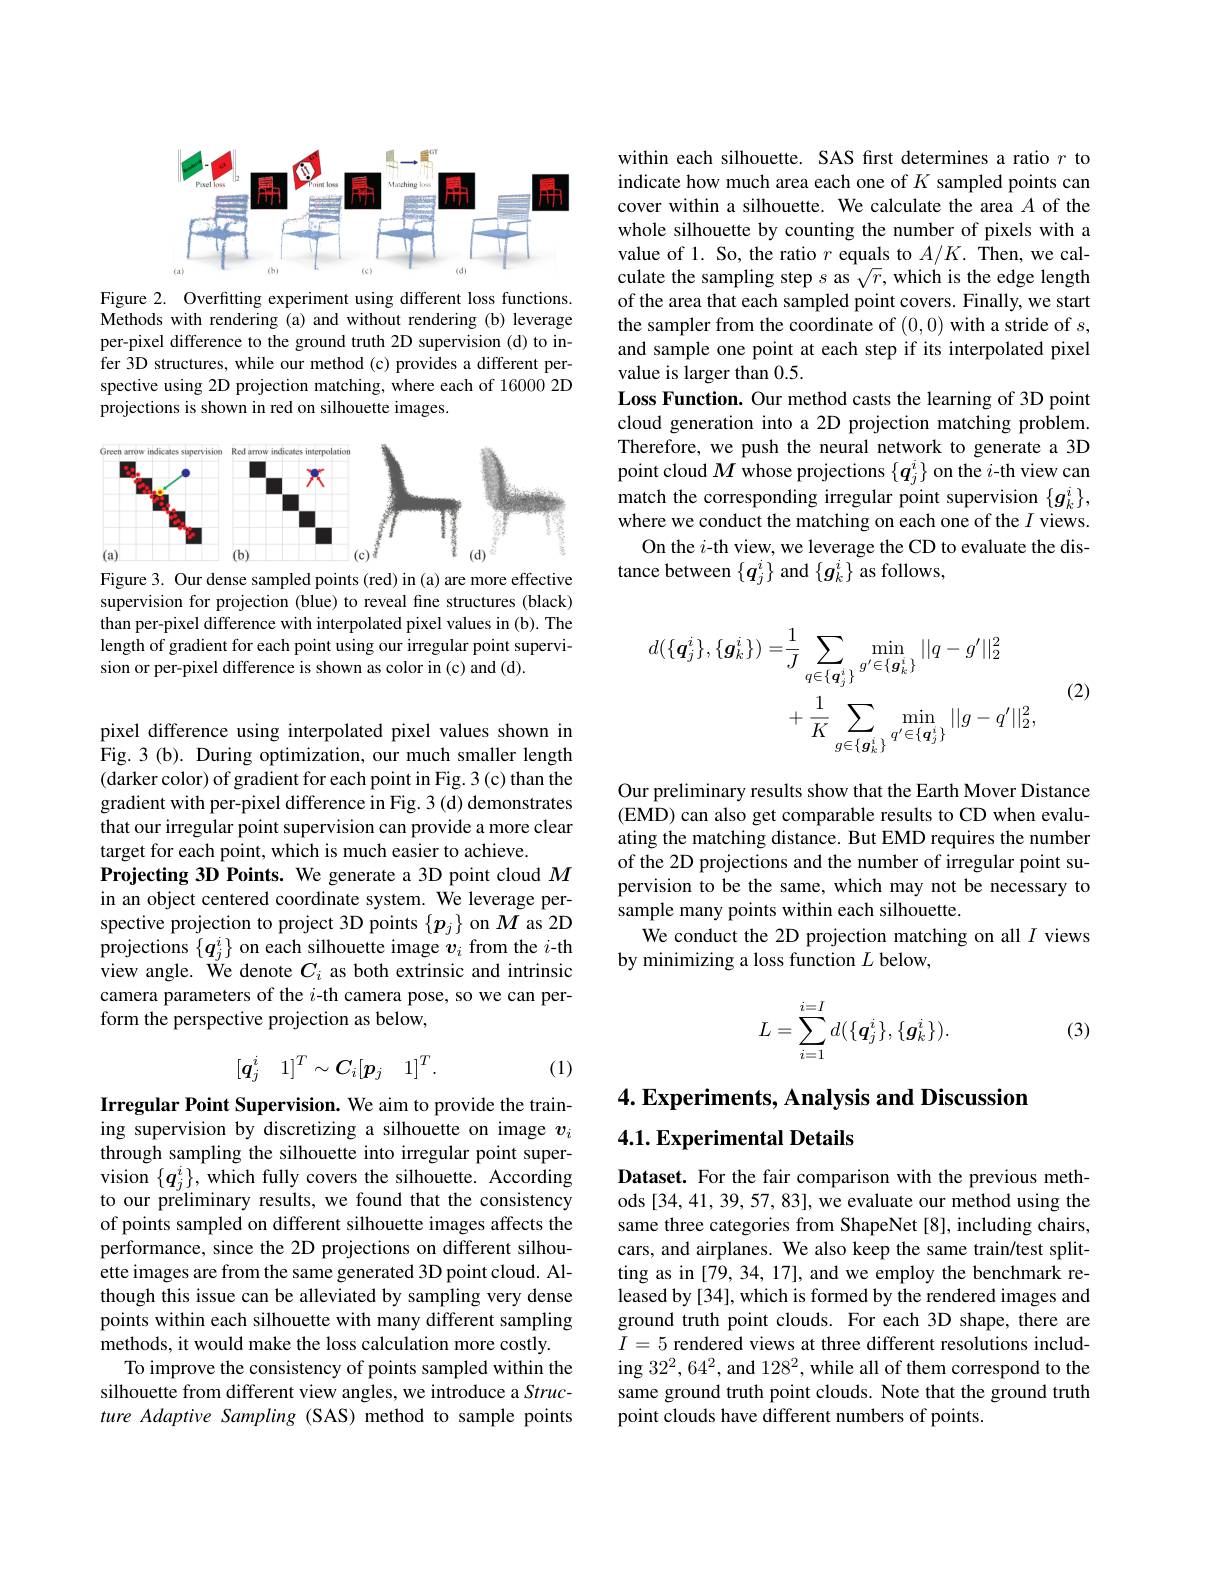
<FigureHere>

Figure 2. Overfitting experiment using different loss functions. Methods with rendering (a) and without rendering (b) leverage per-pixel difference to the ground truth 2D supervision (d) to infer 3D structures, while our method (c) provides a different perspective using 2D projection matching, where each of 16000 2D projections is shown in red on silhouette images.

<FigureHere>
Figure 3. Our dense sampled points (red) in (a) are more effective

supervision for projection (blue) to reveal fine structures (black) than per-pixel difference with interpolated pixel values in (b). The length of gradient for each point using our irregular point supervision or per-pixel difference is shown as color in (c) and (d).

pixel difference using interpolated pixel values shown in Fig. 3 (b). During optimization, our much smaller length (darker color) of gradient for each point in Fig. 3 (c) than the gradient with per-pixel difference in Fig. 3 (d) demonstrates that our irregular point supervision can provide a more clear target for each point, which is much easier to achieve.
Projecting 3D Points. We generate a 3D point cloud $M$ in an object centered coordinate system. We leverage perspective projection to project 3D points $\{p_j\}$ on $M$ as 2D projections $\{\boldsymbol q_j^i\}$ on each silhouette image $v_i$ from the $i$-th view angle. We denote $C_i$ as both extrinsic and intrinsic camera parameters of the $i$-th camera pose, so we can perform the perspective projection as below,
$$[q_j^i\quad1]^T\sim C_i[p_j\quad1]^T.$$
(1)

Irregular Point Supervision. We aim to provide the training supervision by discretizing a silhouette on image $v_i$ through sampling the silhouette into irregular point supervision $\{\boldsymbol q_{j}^{i}\}$,which fully covers the silhouette. According to our preliminary results, we found that the consistency of points sampled on different silhouette images affects the performance, since the 2D projections on different silhouette images are from the same generated 3D point cloud. Although this issue can be alleviated by sampling very dense points within each silhouette with many different sampling methods, it would make the loss calculation more costly.
To improve the consistency of points sampled within the silhouette from different view angles, we introduce a Structure Adaptive Sampling (SAS) method to sample points

within each silhouette. SAS frst determines a ratio $r$ to indicate how much area each one of $K$ sampled points can cover within a silhouette. We calculate the area $A$ of the whole silhouette by counting the number of pixels with a value of 1. So, the ratio $r$ equals to $A/K.$ Then, we calculate the sampling step $s$ as $\sqrt r$, which is the edge length of the area that each sampled point covers. Finally, we start the sampler from the coordinate of (0,0) with a stride of $s$, and sample one point at each step if its interpolated pixel value is larger than 0.5.
Loss Function. Our method casts the learning of 3D point cloud generation into a 2D projection matching problem. Therefore, we push the neural network to generate a 3D point cloud $M$ whose projections $\{\boldsymbol q_j^i\}$ on the $i$-th view can match the corresponding irregular point supervision $\{g_k^i\}$, where we conduct the matching on each one of the $I$ views.
On the $i$-th view, we leverage the CD to evaluate the dis-
tance between $\{q_j^i\}$ and $\{g_k^i\}$ as follows,
$$\begin{aligned}d(\{\boldsymbol{q}_{j}^{i}\},\{\boldsymbol{g}_{k}^{i}\})=&\frac{1}{J}\sum_{q\in\{\boldsymbol{q}_{j}^{i}\}}\min_{g^{\prime}\in\{\boldsymbol{g}_{k}^{i}\}}||q-g^{\prime}||_{2}^{2}\\&+\frac{1}{K}\sum_{g\in\{\boldsymbol{g}_{k}^{i}\}}\min_{q^{\prime}\in\{\boldsymbol{q}_{j}^{i}\}}||g-q^{\prime}||_{2}^{2},\end{aligned}$$
(2)

Our preliminary results show that the Earth Mover Distance (EMD) can also get comparable results to CD when evaluating the matching distance. But EMD requires the number of the 2D projections and the number of irregular point supervision to be the same, which may not be necessary to sample many points within each silhouette.
We conduct the 2D projection matching on all $I$ views
by minimizing a loss function $L$ below,
$$L=\sum_{i=1}^{i=I}d(\{q_j^i\},\{g_k^i\}).$$
(3)

### 4. Experiments, Analysis and Discussion $4. 1. \textbf{Experimental Details}$

Dataset. For the fair comparison with the previous methods [34, 41, 39, 57, 83], we evaluate our method using the same three categories from ShapeNet [8], including chairs, cars, and airplanes. We also keep the same train/test splitting as in [79, 34, 17], and we employ the benchmark released by [34], which is formed by the rendered images and ground truth point clouds. For each 3D shape, there are $I=5$ rendered views at three different resolutions including $32^2,64^2$, and 128$^2$, while all of them correspond to the same ground truth point clouds. Note that the ground truth point clouds have different numbers of points.